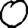
Digit: 0